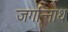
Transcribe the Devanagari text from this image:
जगन्नािथ